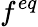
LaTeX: f^{eq}